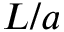
L / a